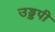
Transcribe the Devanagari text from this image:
उड्डपी